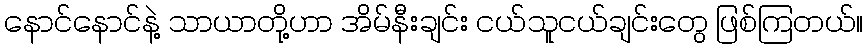
နောင်နောင်နဲ့ သာယာတို့ဟာ အိမ်နီးချင်း ငယ်သူငယ်ချင်းတွေ ဖြစ်ကြတယ်။